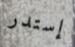
إستدر